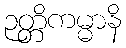
ဉတ္တိကမ္မာနိ